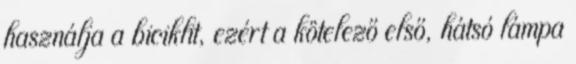
használja a biciklit, ezért a kötelező első, hátsó lámpa